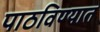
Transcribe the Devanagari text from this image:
पाठविण्‍यात